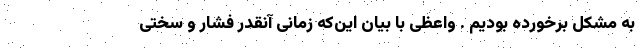
به مشکل برخورده بودیم . واعظی با بیان این‌که زمانی آنقدر فشار و سختی